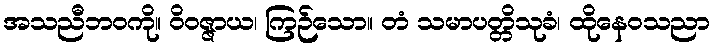
အသညီဘဝကို။ ဝိဝဇ္ဇာယ၊ ကြဉ်သော။ တံ သမာပတ္တိသုခံ၊ ထိုနေဝသညာ